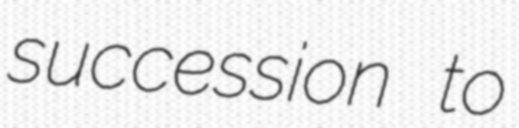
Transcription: succession to